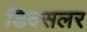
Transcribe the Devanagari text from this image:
डिक्सलर